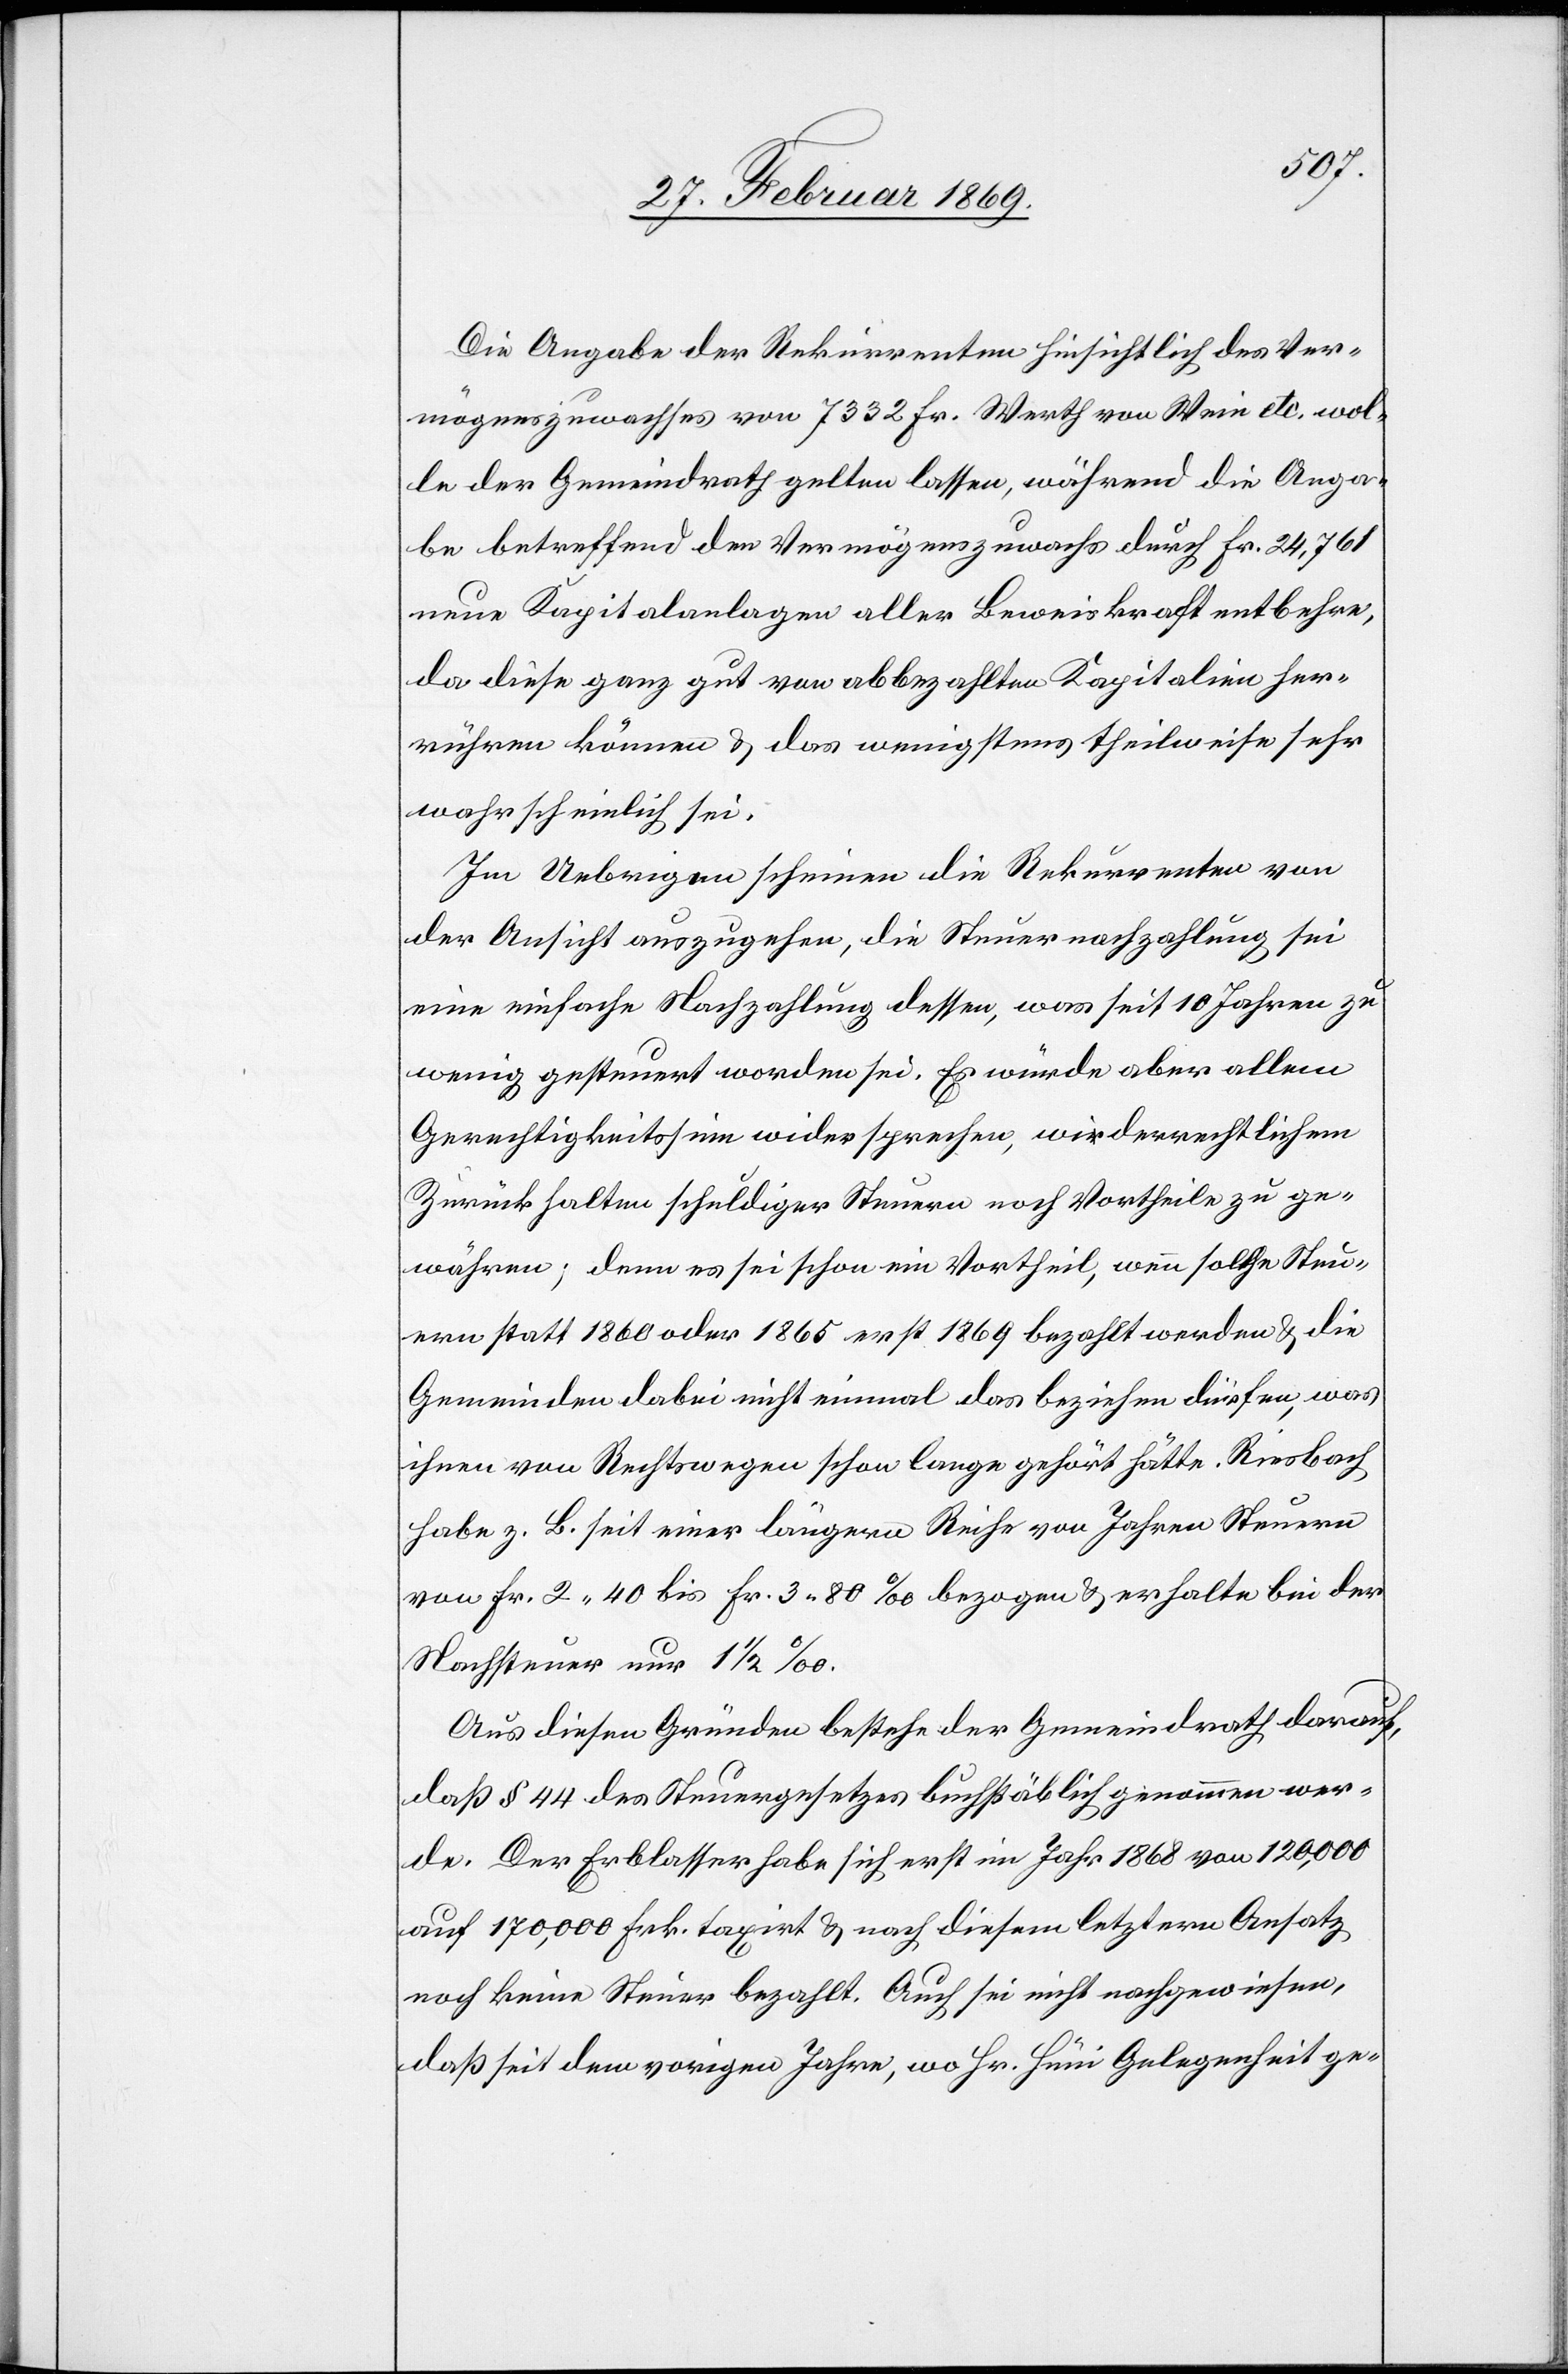
Die Angabe der Rekurrenten hinsichtlich des Ver¬
mögenszuwachses von 7332 Fr. Werth von Wein etc. wol¬
le der Gemeindrath gelten lassen, während die Anga¬
be betreffend den Vermögenszuwachs durch Fr. 24,761
neue Kapitalanlagen aller Beweiskraft entbehre,
da diese ganz gut von abbezahlten Kapitalien her¬
rühren können & das wenigstens theilweise sehr
wahrscheinlich sei.
Im Uebrigen scheinen die Rekurrenten von
der Ansicht auszugehen, die Steuernachzahlung sei
eine einfache Nachzahlung dessen, was seit 10 Jahren zu
wenig gesteuert worden sei. Es würde aber allem
Gerechtigkeitssinn widersprechen, widerrechtlichem
Zurückhalten schuldiger Steuern noch Vortheile zu ge¬
währen; denn es sei schon ein Vortheil, wenn solche Steu¬
ern statt 1860 oder 1865 erst 1869 bezahlt werden & die
Gemeinden dabei nicht einmal das beziehen dürfen, was
ihnen von Rechtswegen schon lange gehört hätte. Riesbach
habe z. B. seit einer längern Reihe von Jahren Steuern
von Fr. 2.40 bis Fr. 3.80‰ bezogen & erhalte bei der
Nachsteuer nur 1 1/2‰.
Aus diesen Gründen bestehe der Gemeindrath darauf,
daß § 44 des Steuergesetzes buchstäblich genommen wer¬
de. Der Erblasser habe sich erst im Jahr 1868 von 120,000
auf 170,000 Frk. taxirt & nach diesem letztern Ansatz
noch keine Steuer bezahlt. Auch sei nicht nachgewiesen,
daß seit dem vorigen Jahre, wo Hr. Hüni Gelegenheit ge-